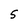
Character: 5